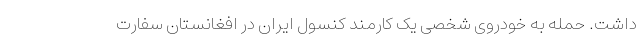
داشت. حمله به خودروی شخصی یک کارمند کنسول ایران در افغانستان سفارت